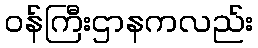
ဝန်ကြီးဌာနကလည်း